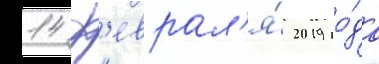
14 ф'еврал'я́ 2019 го́да